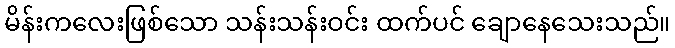
မိန်းကလေးဖြစ်သော သန်းသန်းဝင်း ထက်ပင် ချောနေသေးသည်။